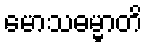
မောသဓမ္မာတိ